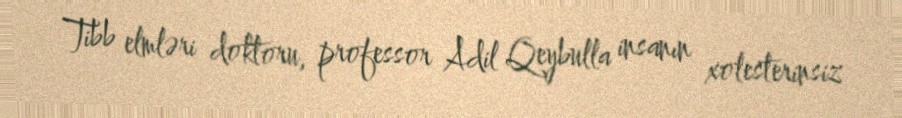
Tibb elmləri doktoru, professor Adil Qeybulla insanın xolesterinsiz